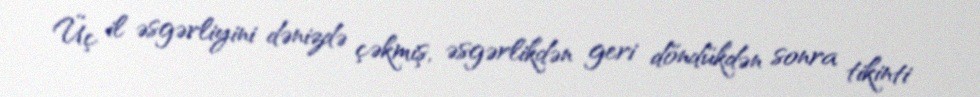
Üç il əsgərliyini dənizdə çəkmiş, əsgərlikdən geri döndükdən sonra tikinti